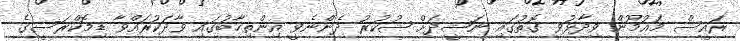
ރައީސް މައުމޫން ވިދާޅުވި ގޮތުގައި ނަޝީދަށް ޝުކުރު ދެންނެވީ އިންތިހާބުގައި ވާދަކުރައްވާ ޑިމޮކްރަސީގެ